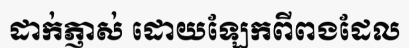
ដាក់ភ្ញាស់ ដោយឡែកពីពងដែល